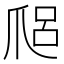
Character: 𤔑